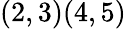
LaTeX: (2,3)(4,5)